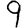
Digit: 9